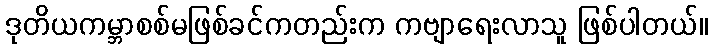
ဒုတိယကမ္ဘာစစ်မဖြစ်ခင်ကတည်းက ကဗျာရေးလာသူ ဖြစ်ပါတယ်။